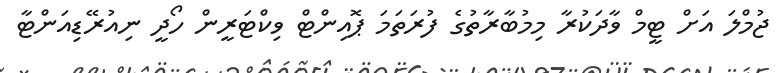
ޖުމްލަ އަށް ޓީމް ވާދަކުރާ މިމުބާރާތުގެ ފުރަތަމަ ޕޮއިންޓް ވިކްޓަރީން ހޯދީ ނިއުރޭޑިއަންޓާ